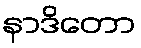
နာဒိတော